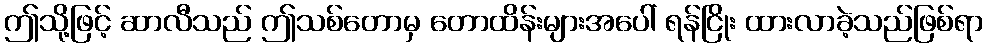
ဤသို့ဖြင့် ဆာလီသည် ဤသစ်တောမှ တောထိန်းများအပေါ် ရန်ငြိုး ထားလာခဲ့သည်ဖြစ်ရာ